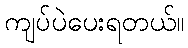
ကျပ်ပဲပေးရတယ်။